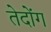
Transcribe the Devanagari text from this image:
तेदोंग